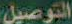
التوصيل